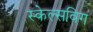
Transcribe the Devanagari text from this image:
स्केल्सविग